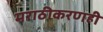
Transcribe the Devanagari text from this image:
मराठीकरणही